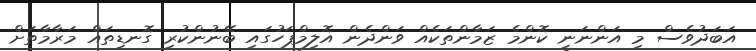
އަބަދުވެސް މި އަންނަނީ ކޮންމެ ޒަމާންތަކެއް ވަންދެން އޮލިމްޕަހުގައި ބޭނުންކުރި ގޮނޑިތައް މަރާމާތަށް